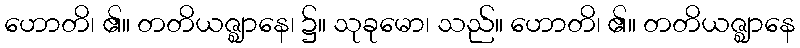
ဟောတိ၊ ၏။ တတိယဇ္ဈာနေ၊ ၌။ သုခုမော၊ သည်။ ဟောတိ၊ ၏။ တတိယဇ္ဈာနေ